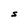
Character: S